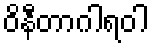
ဝိနီတာဂါရဝါ